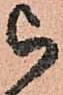
被